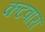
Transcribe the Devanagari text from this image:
कटवारा